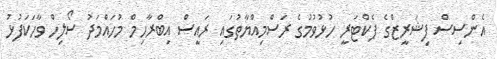
އެންސިސް ފިޝަރީޒްގެ ފެކްޓަރީ ހުޅުވުމުގެ ރަސްމިއްޔާތުގައި ރައީސް އިބްރާހިމް މުހައްމަދު ސޯލިހް ވާހަކަފުޅު